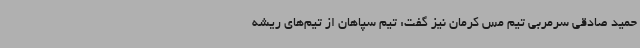
حمید صادقی سرمربی تیم مس کرمان نیز گفت: تیم سپاهان از تیم‌های ریشه